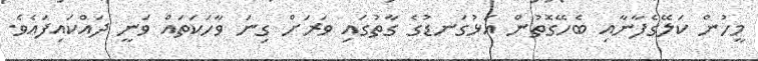
މީހުން ކަލޭގެފާނާއި ބެހޭގޮތުން އަޅުގަނޑުގެ ގާތުގައި ވަރަށް ގިނަ ވާހަކަތައް ވަނީ ދައްކައިފައެވެ.